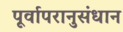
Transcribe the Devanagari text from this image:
पूर्वापरानुसंधान